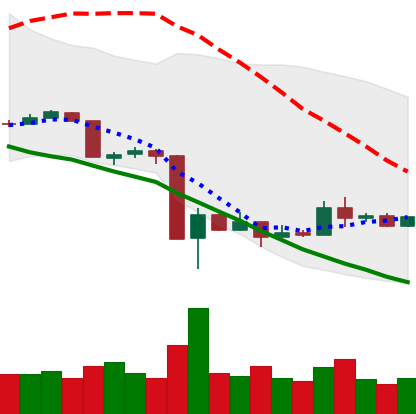
Ticker: XRP-USD
Chart end date: 2020-03-23
Forward return: 11.666%
Label: up_7plus